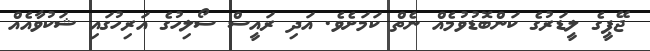
ޖޭޕީގެ ލީޑަރުގެ ކަންބޮޑުވުމެއް ނެތް ކަމަށެވެ. އަދި ރައީސް ސޯލިހުގެ އަރިހުގައި ޝަކުވާއެއް